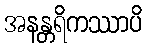
အနန္တရိကဿာပိ